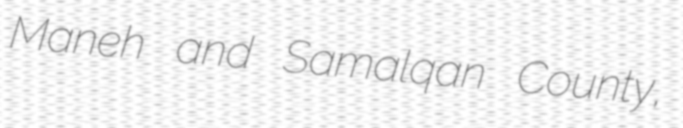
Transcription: Maneh and Samalqan County,